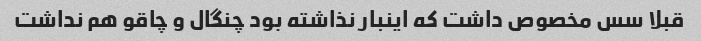
قبلا سس مخصوص داشت که اینبار نذاشته بود چنگال و چاقو هم نداشت